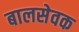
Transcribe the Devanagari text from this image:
बालसेवक